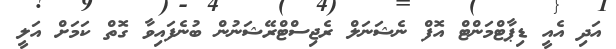
އަދި އެއީ ޑިޕާޓްމަންޓް އޮފް ނެޝަނަލް ރެޖިސްޓްރޭޝަނުން ބުނެފައިވާ ގޮތް ކަމަށް އަލީ